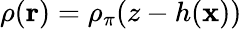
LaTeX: \rho({\mathbf r})=\rho_{\pi}(z-h({\mathbf x}))